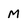
Character: M